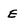
Character: E